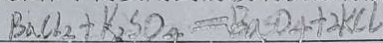
B a C l _ { 2 } + K _ { 2 } S O _ { 4 } = B a S O _ { 4 } + 2 K C l